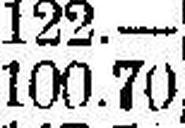
100.70